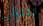
يجبرني